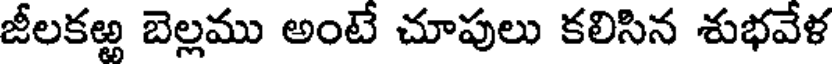
జీలకఱ్ఱ బెల్లము అంటే చూపులు కలిసిన శుభవేళ